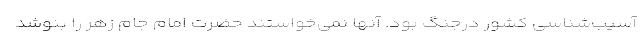
آسیب‌شناسی کشور درجنگ بود. آنها نمی‌خواستند حضرت امام جام زهر را بنوشد